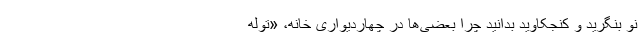
نو بنگرید و کنجکاوید بدانید چرا بعضی‌ها در چهاردیواری خانه، «توله